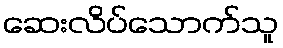
ဆေးလိပ်သောက်သူ